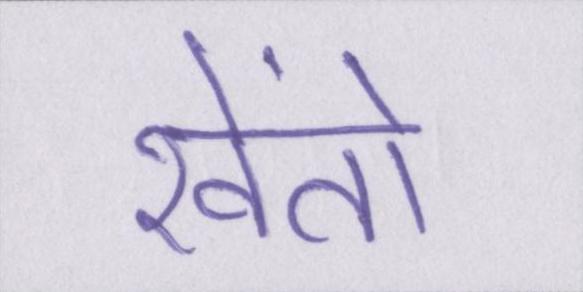
खेंतो